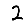
Digit: 2